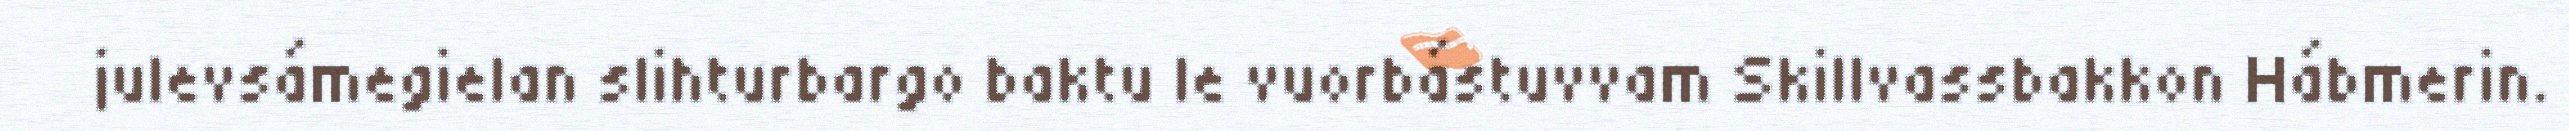
julevsámegielan slihturbargo baktu le vuorbástuvvam Skillvassbakkon Hábmerin.